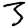
Digit: 3